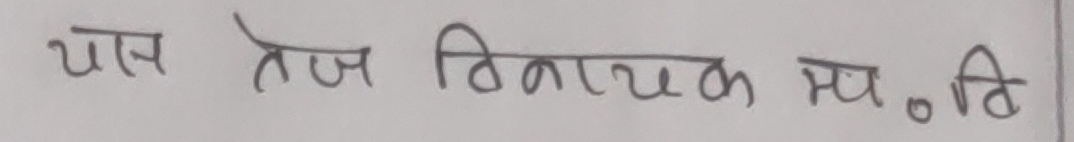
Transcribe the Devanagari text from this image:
पास तेज विनायक म०. दि